Report on vaccination in Madras 1922-1929 - 1922-1929
Year: 1922
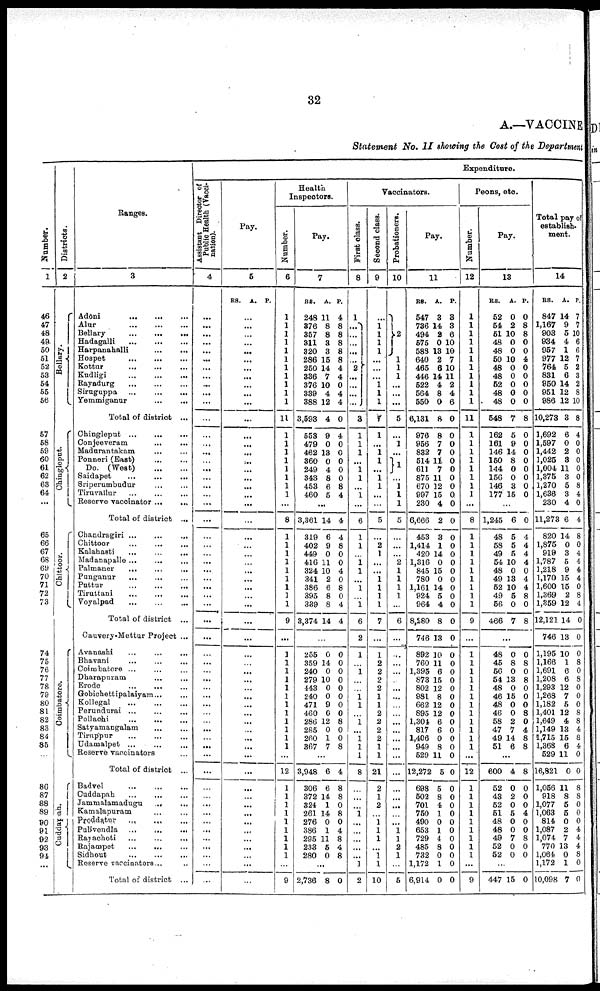
32
A.—VACCINE
Statement No. II showing the Cost of the Department
Number.
1
46
47
48
49
50
51
52
53
54
55
56
57
58
59
60
61
62
63
64
...
65
66
67
68
69
70
71
72
73
74
75
76
77
78
79
80
81
82
83
84
85
86
87
88
89
90
91
92
93
94
...
Districts.
2
Bellary.
Chingleput.
Chittoor.
Coimbatore.
Cuddapah.
Ranges.
3
Adōni
...
...
...
Alur
...
...
...
Bellary
...
...
...
Hadagalli
...
...
...
Harpanahalli ... ... ...
Hospet
...
...
...
Kottur
...
...
...
Kudligi ... ... ...
Rayadurg ... ... ...
Siruguppa
...
...
...
Yemmiganur ... ... ...
Total of district ...
Chingleput
...
...
...
Conjeeveram ... ... ...
Madurantakam ... ... ...
Ponneri (East) ... ... ...
Do. (West) ... ... ...
Saidapet ... ... ...
Sriperumbudur ... ... ...
Tiruvallur
...
...
...
Reserve vaccinator ... ... ...
Total of district ...
Chandragiri
...
...
...
Chittoor ... ... ...
Kalahasti ... ... ...
Madanapalle ... ... ...
Palmaner ... ... ...
Punganur ... ... ...
Puttur
...
...
...
Tiruttani ... ... ...
Voyalpad
...
...
...
Total of district ...
Cauvery-Mettur Project ...
Avanashi ... ... ...
Bhavani ... ... ...
Coimbatore ... ... ...
Dharapuram ... ... ...
Erode
...
...
...
Gobichettipalaiyam ... ... ...
Kollegal
...
...
...
Perundurai
...
...
...
Pollachi
...
...
...
Satyamangalam ... ...
Tiruppur ... ... ...
Udamalpet ...
...
...
Reserve vaccinators ...
Total of district ...
Badvel
...
...
...
Cuddapah ... ... ...
Jammalamadugu
... ...
Kamalapuram ... ...
Proddatur ... ... ...
Pulivendla
...
...
...
Rayachoti ... ... ...
Rajampet ... ... ...
Sidhout ... ... ...
Reserve vaccinators ... ...
Total of district ...
Expenditure.
Assistant Director of
Public Health (Vacci
nation).
4
...
...
...
...
...
...
...
...
...
...
...
...
...
...
...
...
...
...
...
...
...
...
...
...
...
...
...
...
...
...
...
...
...
...
...
...
...
...
...
...
...
...
...
...
...
...
...
...
...
...
...
...
...
...
...
...
...
...
Pay.
5
RS.
A. P.
...
...
...
...
...
...
...
...
...
...
...
...
...
...
...
...
...
...
...
...
...
...
...
...
...
...
...
...
...
...
...
...
...
...
...
...
...
...
...
...
...
...
...
...
...
...
...
...
...
...
...
...
...
...
...
...
...
...
Health
Inspectors.
Number.
6
1
1
1
1
1
1
1
1
1
1
1
11
1
1
1
1
1
1
1
1
...
8
1
1
1
1
1
1
1
1
1
9
...
1
1
1
1
1
1
1
1
1
1
1
1
...
12
1
1
1
1 1
1
1
1
1
...
9
Pay.
7
RS.
248
376
357
311
320
286
250
336
376
339
388
3,593
553
479
462
360
249
343
453
460
A.
11
8
8
3
3
15
14
7
10
4
12
4
9
0
13
0
4
8
6
5
P.
4
8
8
8
8
8
4
4
0
4
4
0
4
0
0
0
0
0
8
4
...
3,361
319
402
449
416
324
341
386
395
339
3,374
14
6
9
0
11
10
2
6
8
8
14
4
4
8
0
0
4
0
8
0
4
4
...
255
359
240
279
443
240
471
460
286
285
260
367
0
14
0
10
0
0
9
0
12
0
1
7
0
0
0
0
0
0
0
0
8
0
0
8
...
3,948
306
372
324
261
276
386
295
233
280
6
6
14
1
14
0
1
11
5
0
4
8
8
0
8
0
4
8
4
8
...
2,736 8 0
Vaccinators.
First class.
8
1
...
...
...
...
...
2
...
...
...
...
3
1
1
1
...
1
1
...
1
...
6
1
1
...
1
1
...
1
...
1
6
2
1
...
1
...
...
1
1
...
1
...
1
1
1
8
...
...
...
1
...
...
...
...
... 1
2
Second class.
9
...
1
1
1
1
...
...
...
1
1
1
7
1
...
1
1
...
1
1
...
...
5
...
2
1
...
...
1
1
1
1
7
...
1
2
2
2
2
1
1
2
2
2
2
1
1
21
2
1
2
...
1
1
1
...
1
1
10
Probationers.
10
2
1
1
1
...
...
...
5
...
1
...
1
...
1
1
1
5
...
...
...
2
1
1
1
1
...
6
...
...
...
...
...
...
...
...
...
...
...
...
...
...
...
...
...
...
...
...
1
1
2
1
...
5
Pay.
11
RS.
547
736
494
575
588
640
465
446
522
564
550
6,131
976
956
832
514
611
875
670
997
230
6,666
453
1,414
420
1,316
845
780
1,161
924
964
8,280
746
892
760
1,395
873
802
981
662
895
1,304
817
1,406
949
529
12,272
698
502
701
750
490
653
729
485
732
1,172
6,914
A.
3
14
2
0
13
2
6
14
4
8
0
8
8
7
7
11
7
11
12
15
4
2
3
1
14
0
15
0
14
5
4
8
13
10
11
6
15
12
8
12
12
6
6
0
8
11
5
5
8
4
1
0
1
4
8
0
1
0
P.
3
3
6
10
10
7
10
11
2
4
6
0
0
0
0
0
0
0
0
0
0
0
0
0
0
0
0
0
0
0
0
0
0
0
0
0
0
0
0
0
0
0
0
0
0
0
0
0
0
0
0
0
0
0
0
0
0
0
Peons, etc.
Number.
12
1
1
1
1
1
1
1
1
1
1
1
11
1
1
1
1
1
1
1
1
...
8
1
1
1
1
1
1
1
1
1
9
...
1
1
1
1
1
1
1
1
1
1
1
1
...
12
1
1
1
1
1
1
1
1
1
...
9
Pay.
13
RS.
52
54
51
48
48
50
48
48
52
48
48
548
162
161
146
150
144
156
146
177
A.
0
2
10
0
0
10
0
0
0
0
0
7
5
9
14
8
0
0
3
15
P.
0
8
8
0
0
4
0
0
0
0
0
8
0
0
0
0
0
0
0
0
...
1,245
48
58
49
54
48
49
52
49
56
466
6
5
5
5
10
0
13
10
5
0
7
0
4
4
4
4
0
4
4
8
0
8
...
48
45
56
54
48
46
48
46
58
47
49
51
0
8
0
13
0
15
0
0
2
7
14
6
0
8
0
8
0
0
0
8
0
4
8
8
...
600
52
43
52
51
48
48
49
52
52
4
0
2
0
5
0
0
7
0
0
8
0
0
0
4
0
0
8
0
0
...
447 15 0
Total pay of
establish¬
ment.
14
RS.
847
1,167
903
934
957
977
764
831
950
951
986
10,273
1,692
1,597
1,442
1,025
1,004
1,375
1,270
1,636
230
11,273
820
1,875
919
1,787
1,218
1,170
1,600
1,369
1,359
12,121
746
1,195
1,166
1,691
1,208
1,293
1,268
1,182
1,401
1,649
1,149
1,715
1,368
529
16,821
1,056
918
1,077
1,063
814
1,087
1,074
770
1,064
1,172
10,098
A.
14
9
5
4
1
12
5
6
14
12
12
3
6
0
2
3
11
3
5
3
4
6
14
0
3
5
9
15
15
2
12
14
13
10
1
6
6
12
7
5
12
4
13
15
6
11
0
11
8
5
5
0
2
7
13
0
1
7
P.
7
7
10
6
6
7
2
3
2
8
10
8
4
0
0
0
0
0
8
4
0
4
8
0
4
4
4
4
0
8
4
0
0
0
8
0
8
0
0
0
8
8
4
8
4
0
0
8
8
0
0
0
4
4
4
8
0
0